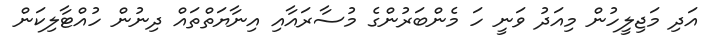
އަދި މަޖިލީހުން މިއަދު ވަނީ ހަ މެންބަރުންގެ މުސާރައާއި އިނާޔަތްތައް ދިނުން ހުއްޓާލިކަން